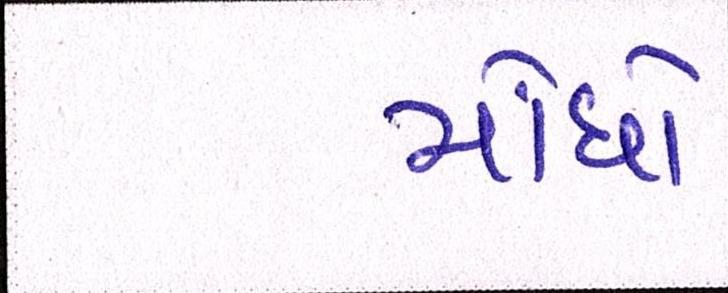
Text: મોંઘો